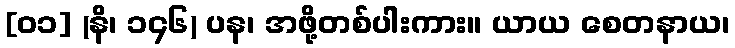
[၀၁] (နိ၊ ၁၄၆) ပန၊ အဖို့တစ်ပါးကား။ ယာယ စေတနာယ၊